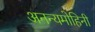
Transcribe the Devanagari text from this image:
अनन्यमोहिनी